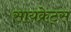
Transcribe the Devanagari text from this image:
सायक्रेट्स